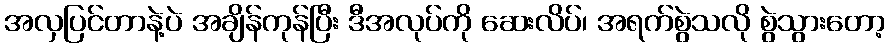
အလှပြင်တာနဲ့ပဲ အချိန်ကုန်ပြီး ဒီအလုပ်ကို ဆေးလိပ်၊ အရက်စွဲသလို စွဲသွားတော့